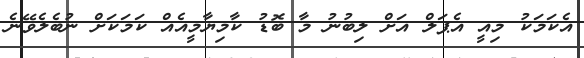
އެކަމަކު މިއީ އެޕަލް އަށް ލިބުނު މާ ބޮޑު ކާމިޔާމީއެއް ކަމަކަށް ނުބެލެވޭނެ